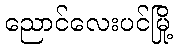
ညောင်လေးပင်မြို့